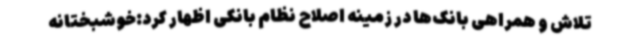
تلاش و همراهی بانک‌ها در زمینه اصلاح نظام بانکی اظهار کرد:خوشبختانه